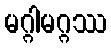
မဂ္ဂါမဂ္ဂဿ